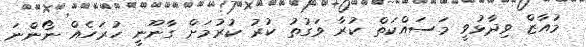
މުއާޒް ވިދާޅުވީ މަސައްކަތް ކުރާ ވަގުތު ކުރު ކުރުމަށް ގާނޫނީ ހުރަހެއް ނޯންނަ